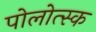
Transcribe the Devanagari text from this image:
पोलोत्स्क